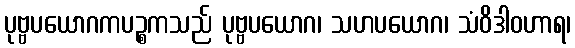
ပုဗ္ဗပယောဂကပဉ္စကသည် ပုဗ္ဗပယောဂ၊ သဟပယောဂ၊ သံဝိဒါဝဟာရ၊